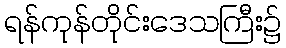
ရန်ကုန်တိုင်းဒေသကြီး၌